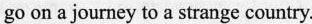
go on a journey to a strange country.